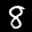
Label: 8